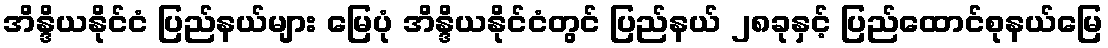
အိန္ဒိယနိုင်ငံ ပြည်နယ်များ မြေပုံ အိန္ဒိယနိုင်ငံတွင် ပြည်နယ် ၂၈ခုနှင့် ပြည်ထောင်စုနယ်မြေ